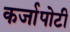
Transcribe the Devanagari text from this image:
कर्जापोटी